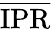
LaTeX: \overline{{\mathrm{IPR}}}